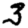
Digit: 3